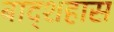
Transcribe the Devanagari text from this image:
बाद्शहास